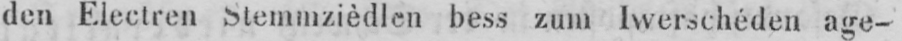
den Electren Stemmzièdlen bess zum Iwerschéden age-